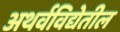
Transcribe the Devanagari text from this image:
अथर्वविद्येतील